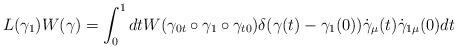
LaTeX: \begin{align*}L(\gamma _1)W(\gamma ) = \int _0 ^1 dt W(\gamma _{0t}\circ \gamma_1\circ \gamma_{t0})\delta (\gamma (t) - \gamma _1(0))\dot{\gamma }_\mu (t)\dot{\gamma }_{1\mu }(0)dt\end{align*}